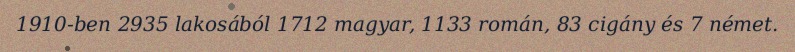
1910-ben 2935 lakosából 1712 magyar, 1133 román, 83 cigány és 7 német.